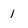
Character: 1